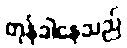
တုန်ခါနေသည်